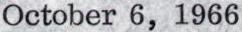
October 6, 1966